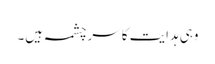
وہی ہدایت کا سرچشمہ ہیں۔